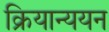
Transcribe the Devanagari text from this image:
क्रियान्ययन